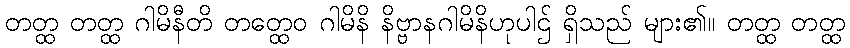
တတ္ထ တတ္ထ ဂါမိနီတိ တတ္ထေဝ ဂါမိနိ နိဗ္ဗာနဂါမိနိဟုပါဌ် ရှိသည် များ၏။ တတ္ထ တတ္ထ